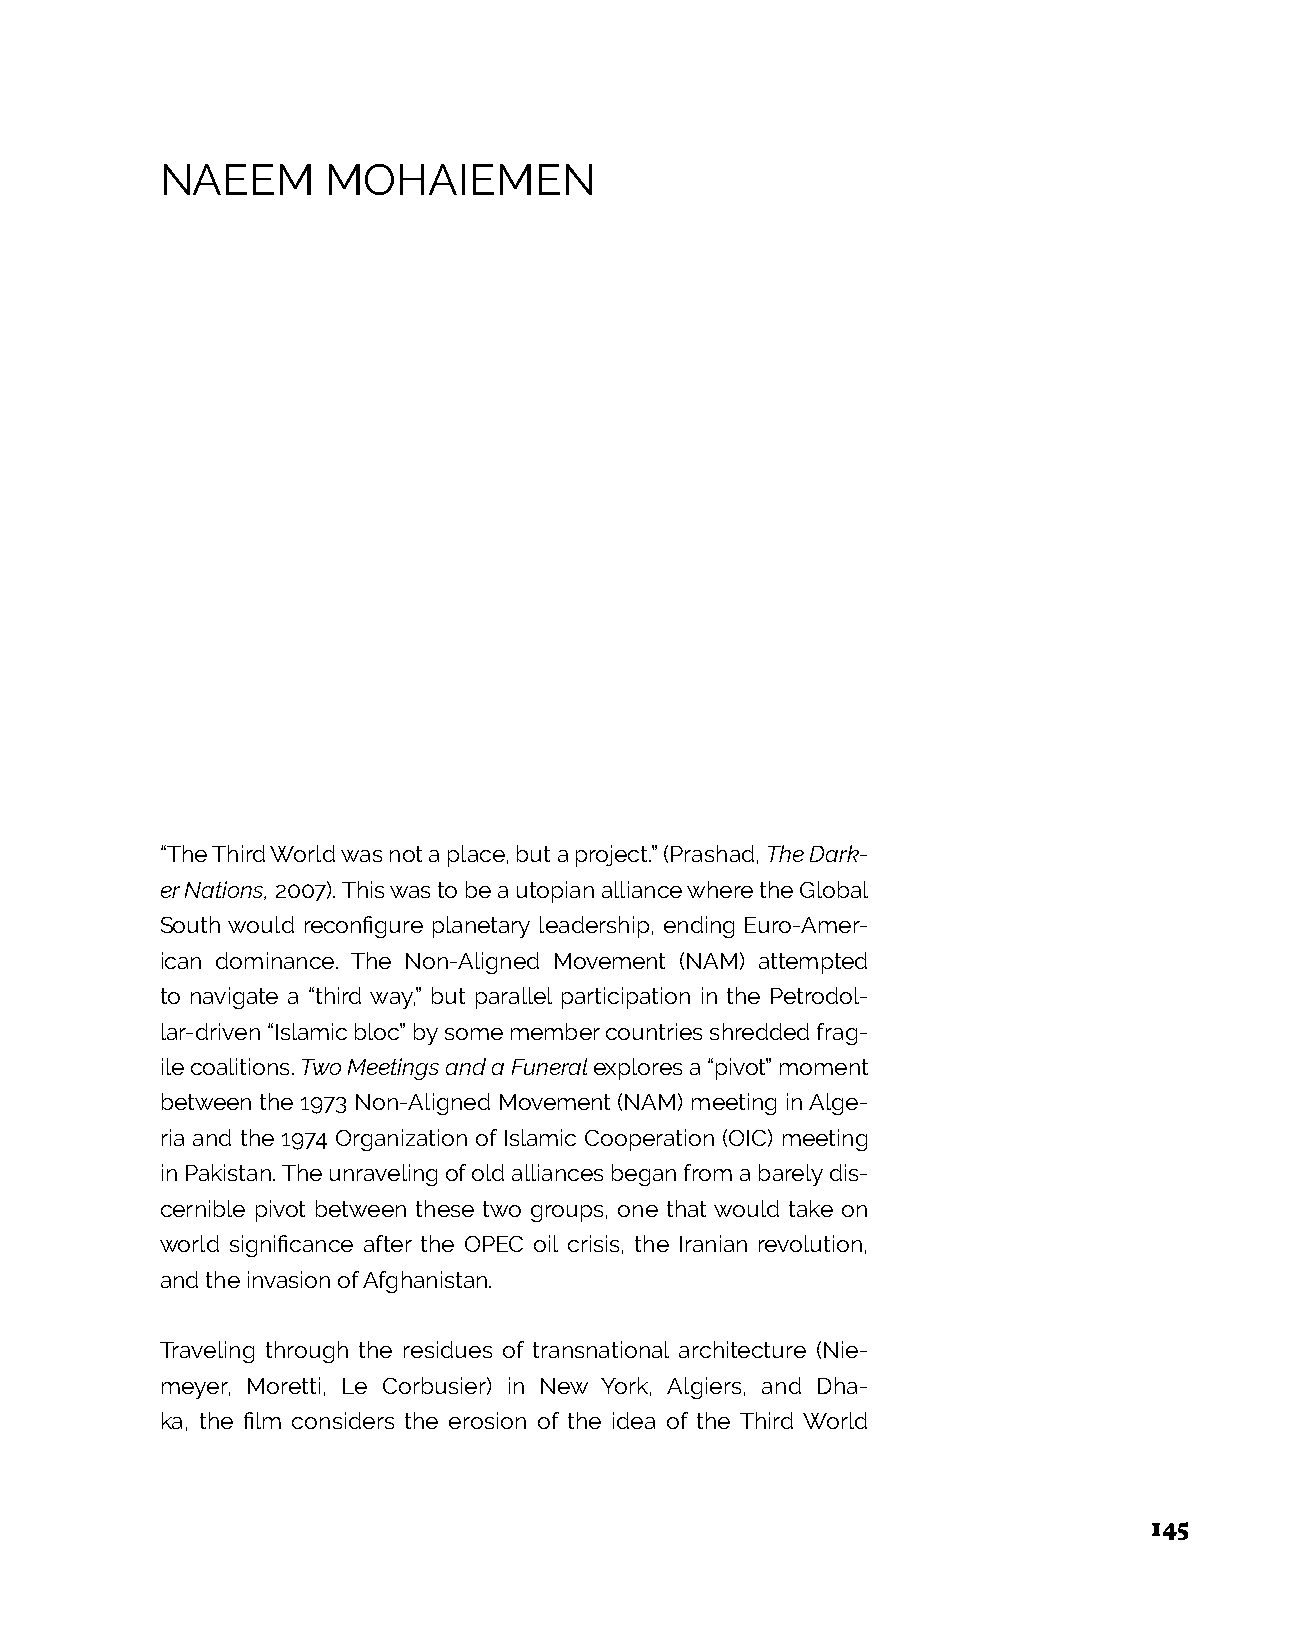
NAEEM      MOHAIEMEN
 “The Third World was not a place, but a project.” (Prashad, The Dark-
 er Nations, 2007). This was to be a utopian alliance where the Global
 South would reconfigure planetary leadership, ending Euro-Amer-
 ican dominance. The Non-Aligned Movement (NAM) attempted
 to navigate a “third way,” but parallel participation in the Petrodol-
 lar-driven “Islamic bloc” by some member countries shredded frag-
 ile coalitions. Two Meetings and a Funeral explores a “pivot” moment
 between the 1973 Non-Aligned Movement (NAM) meeting in Alge-
 ria and the 1974 Organization of Islamic Cooperation (OIC) meeting
 in Pakistan. The unraveling of old alliances began from a barely dis-
 cernible pivot between these two groups, one that would take on
 world significance after the OPEC oil crisis, the Iranian revolution,
 and the invasion of Afghanistan.
 Traveling through the residues of transnational architecture (Nie-
 meyer, Moretti, Le Corbusier) in New York, Algiers, and Dha-
 ka, the film considers the erosion of the idea of the Third World
 145